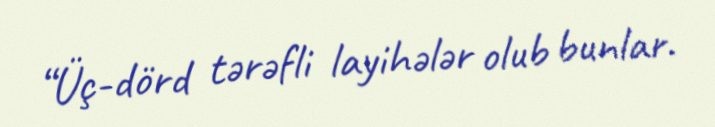
“Üç-dörd tərəfli layihələr olub bunlar.